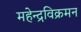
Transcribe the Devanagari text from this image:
महेन्द्रविक्रमन